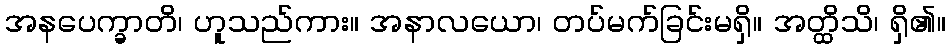
အနပေက္ခာတိ၊ ဟူသည်ကား။ အနာလယော၊ တပ်မက်ခြင်းမရှိ။ အတ္ထိသိ၊ ရှိ၏။